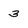
Character: 3